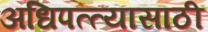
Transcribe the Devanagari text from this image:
अधिपत्त्यासाठी